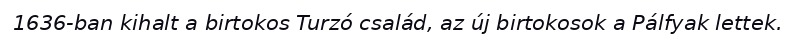
1636-ban kihalt a birtokos Turzó család, az új birtokosok a Pálfyak lettek.